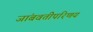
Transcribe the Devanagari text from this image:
जांबवतीपरिणय